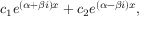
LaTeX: c _ { 1 } e ^ { ( \alpha + \beta i ) x } + c _ { 2 } e ^ { ( \alpha - \beta i ) x } ,